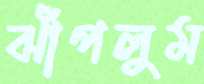
ঝাঁপলুম